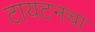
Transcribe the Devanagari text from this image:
टायटनचा